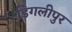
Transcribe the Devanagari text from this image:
डिगलीपुर